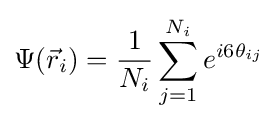
\Psi ({\vec {r}}_{i})={\frac {1}{N_{i}}}\sum _{j=1}^{N_{i}}e^{i6\theta _{ij}}